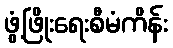
ဖွံ့ဖြိုးရေးစီမံကိန်း